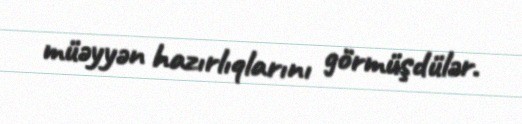
müəyyən hazırlıqlarını görmüşdülər.